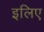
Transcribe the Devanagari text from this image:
इलिए